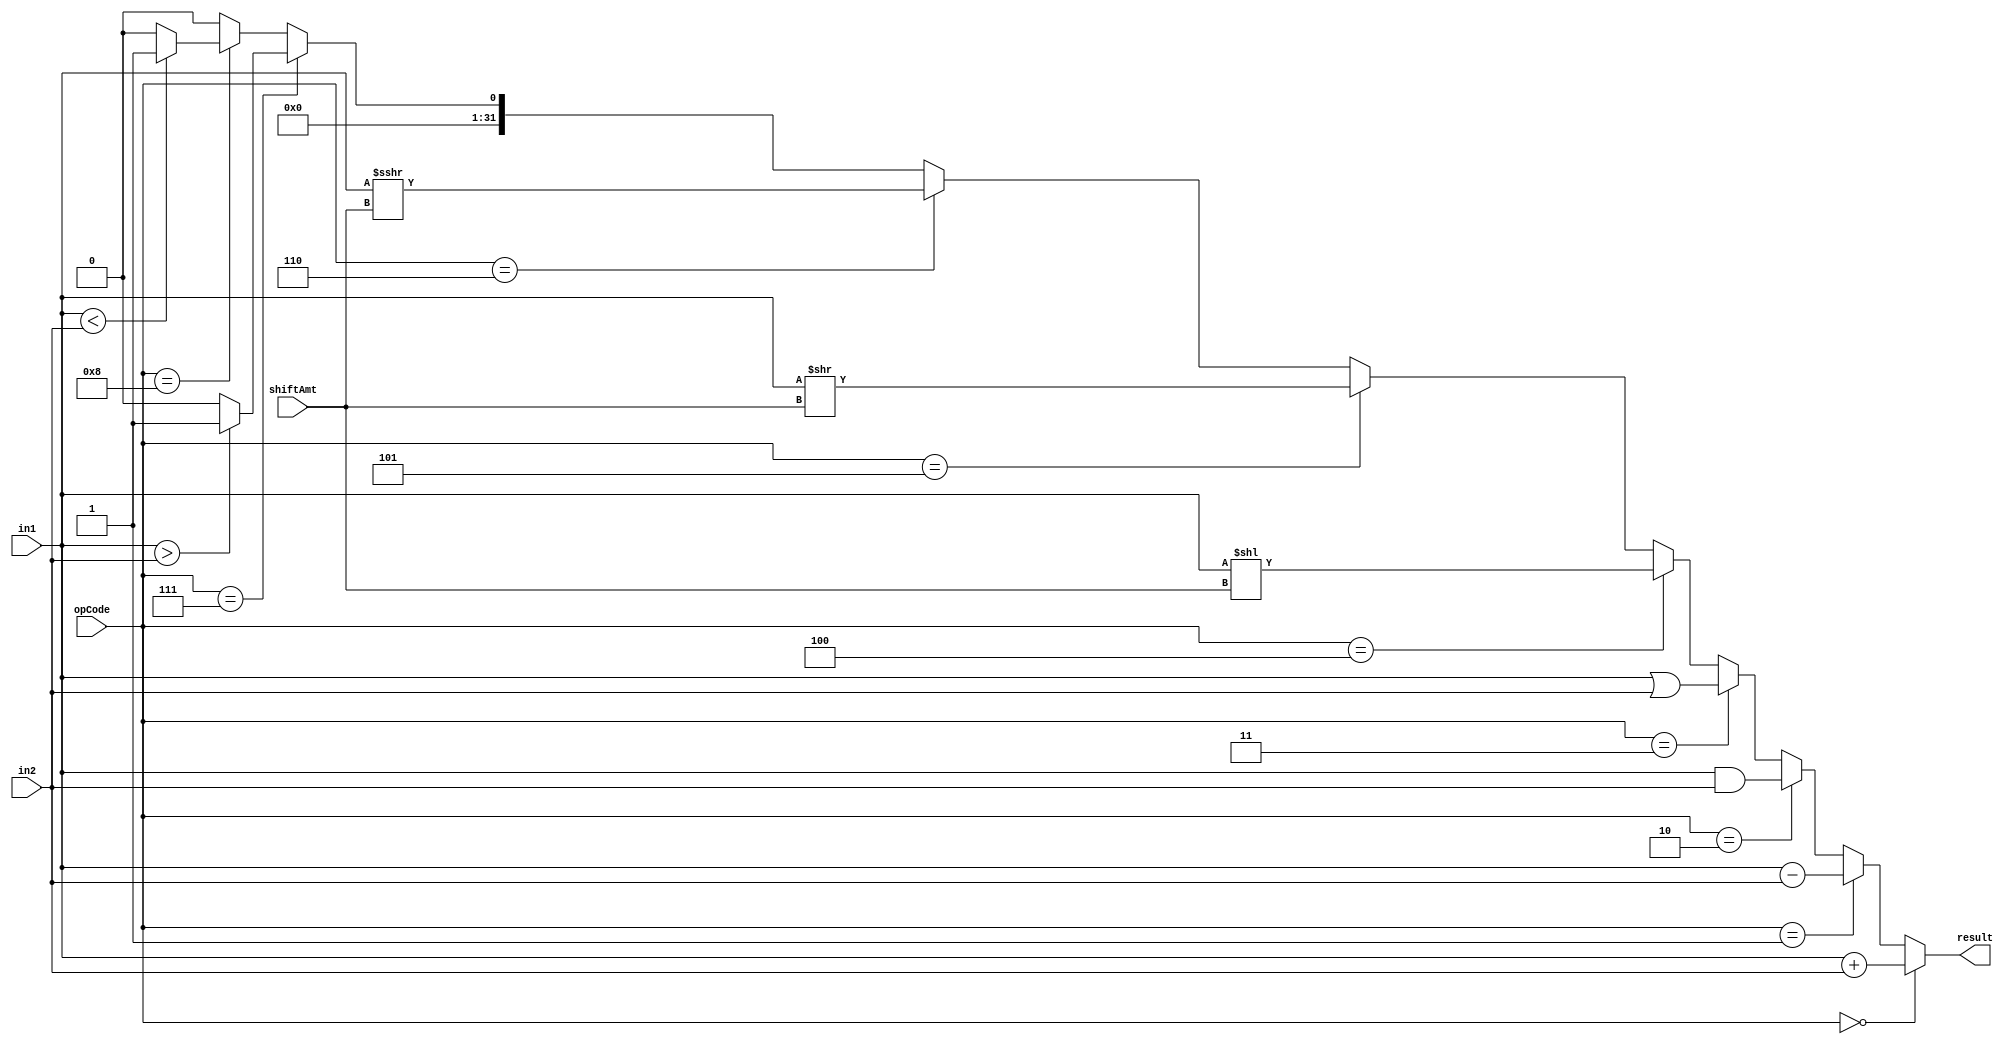
module alu (input signed [31:0] in1, input signed [31:0] in2, input [3:0] opCode, input [4:0] shiftAmt, output signed [31:0] result);

	assign result = opCode == 0 ? in1 + in2 :
			opCode == 1 ? in1 - in2 :
			opCode == 2 ? in1 & in2 :
			opCode == 3 ? in1 | in2 :
			opCode == 4 ? in1 << shiftAmt :
			opCode == 5 ? in1 >> shiftAmt :
			opCode == 6 ? in1 >>> shiftAmt :
			opCode == 7 ? in1 > in2 ? 1 : 0 :
			opCode == 8 ? in1 < in2 ? 1 : 0 : 0;

endmodule